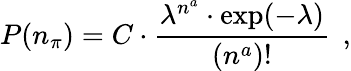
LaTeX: P(n_{\pi})=C\cdot\frac{\lambda^{n^{a}}\cdot\exp(-\lambda)}{(n^{a})!}\: \: ,